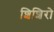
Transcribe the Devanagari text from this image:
शिशिरो